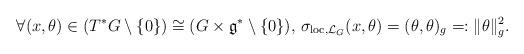
LaTeX: \begin{align*}\forall (x,\theta)\in (T^*G \setminus \{0\})\cong (G\times \mathfrak{g}^{*}\setminus \{0\}),\,\sigma_{\textnormal{loc}, \mathcal{L}_{G}}(x,\theta)=(\theta,\theta)_{g}=:\|\theta\|_{g}^2.\end{align*}